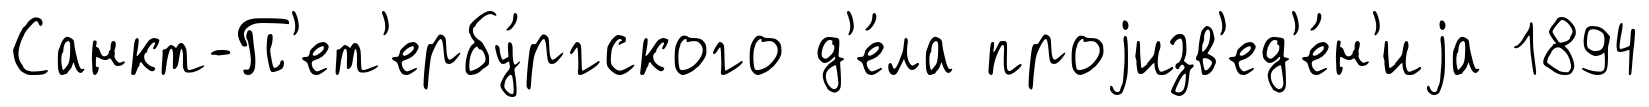
Санкт-П'ет'ербу́ргского д'е́ла проjизв'ед'е́н'иjа 1894